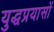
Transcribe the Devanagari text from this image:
युद्धप्रयासों